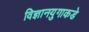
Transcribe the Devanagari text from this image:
विज्ञानयुगाकडे